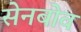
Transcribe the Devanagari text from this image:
सेनबोव